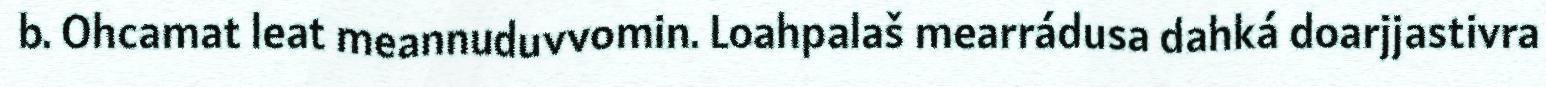
b. Ohcamat leat meannuduvvomin. Loahpalaš mearrádusa dahká doarjjastivra